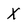
Character: X